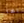
أيها